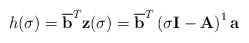
\begin{align*}h(\sigma) = \overline{{\bf b} } ^T {\bf z}(\sigma) = \overline{{\bf b} }^T \left( \sigma {\bf I} - {\bf A} \right)^{1} {\bf a} \end{align*}